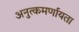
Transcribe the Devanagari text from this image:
अनुत्कमर्णायता